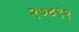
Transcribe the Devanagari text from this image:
२७८९२